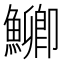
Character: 𮬐